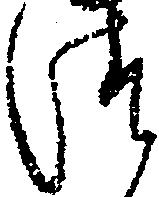
つ